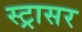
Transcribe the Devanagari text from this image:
स्ट्रासर